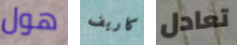
هول كاريف تعادل